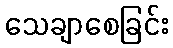
သေချာစေခြင်း